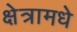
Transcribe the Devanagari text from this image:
क्षेत्रामधे